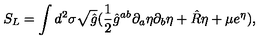
S _ { L } = \int d ^ { 2 } \sigma \sqrt { \hat { g } } ( \frac { 1 } { 2 } { \hat { g } } ^ { a b } \partial _ { a } \eta \partial _ { b } \eta + \hat { R } \eta + \mu e ^ { \eta } ) ,